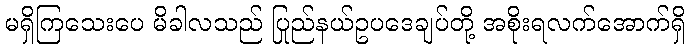
မရှိကြသေးပေ မိခါလသည် ပြည်နယ်ဥပဒေချုပ်တို့ အစိုးရလက်အောက်ရှိ